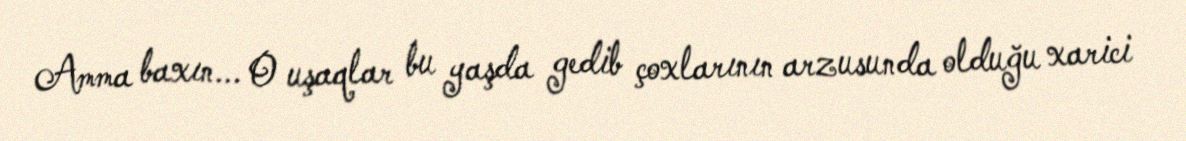
Amma baxın... O uşaqlar bu yaşda gedib çoxlarının arzusunda olduğu xarici